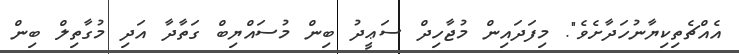
އެއްޗެތިކިޔާނުހަދާށެވެ". މިފަދައިން މުޖާހިދް ސަޢީދު ބިން މުސައްޔިބް ގަތާދާ އަދި މުގާތިލް ބިން